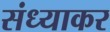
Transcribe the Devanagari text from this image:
संध्याकर